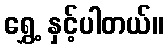
ရွှေ့ နှင့်ပါတယ်။